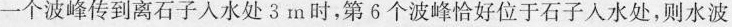
一个波峰传到离石子人水处3m时，第6个波峰恰好位于石子人水处，则水波